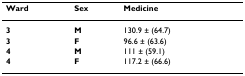
| Ward | Sex | Medicine |
 | --- | --- | --- |
 | 3 | M | 130.9 ± (64.7) |
 | 3 | F | 96.6 ± (63.6) |
 | 4 | M | 111 ± (59.1) |
 | 4 | F | 117.2 ± (66.6) |